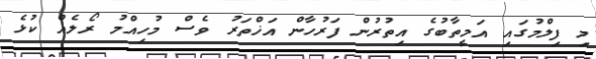
މި ފިލްމުގައި އަމީތާބުގެ އިތުރުން ފަރުހާން އަޚްތަރު ވެސް މުހިއްމު ރޯލެއް ކުޅެ